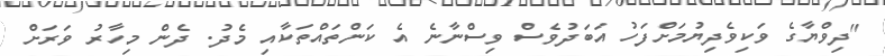
"ދިވްޔާގެ ވަކިވެދިޔުމަށްފަހު އަބަދުވެސް ވިސްނާނެ އެ ކަންތައްތަކާއި މެދު. ދެން މިހާރު ވަރަށް